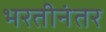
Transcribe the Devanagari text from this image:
भरतीनंतर